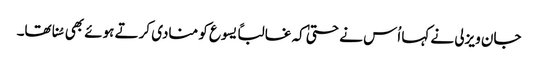
جان ویزلی نے کہا اُس نے حتیٰ کہ غالباً یسوع کو منادی کرتے ہوئے بھی سُنا تھا۔